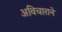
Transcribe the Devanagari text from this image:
अविचाराने